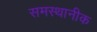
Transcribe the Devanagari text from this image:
समस्थानीक